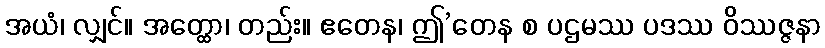
အယံ၊ လျှင်။ အတ္ထော၊ တည်း။ ဧတေန၊ ဤ’တေန စ ပဌမဿ ပဒဿ ဝိဿဇ္ဇနာ